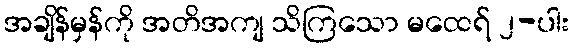
အချိန်မှန်ကို အတိအကျ သိကြသော မထေရ် ၂-ပါး